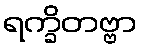
ရက္ခိတဗ္ဗာ